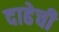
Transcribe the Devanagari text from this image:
दाढेची